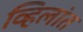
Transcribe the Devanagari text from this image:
व्हिलांत